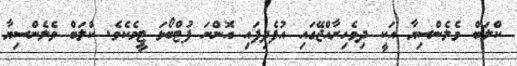
ކްލަބް ވެލެންސިޔާ އަކީ ދިވެހިރާއްޖޭގައި އުފެދިފައި އޮންނަ ފުޓްބޯޅަ ޓީމެކެވެ. ކްލަބް ވެލެންސިޔާ